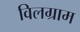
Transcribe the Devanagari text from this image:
विलग्राम